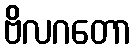
ဗိလဂတော